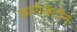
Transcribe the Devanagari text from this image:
कारोलटोन